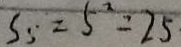
S _ { 5 } = 5 ^ { 2 } = 2 5